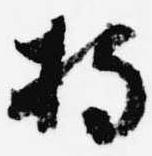
持